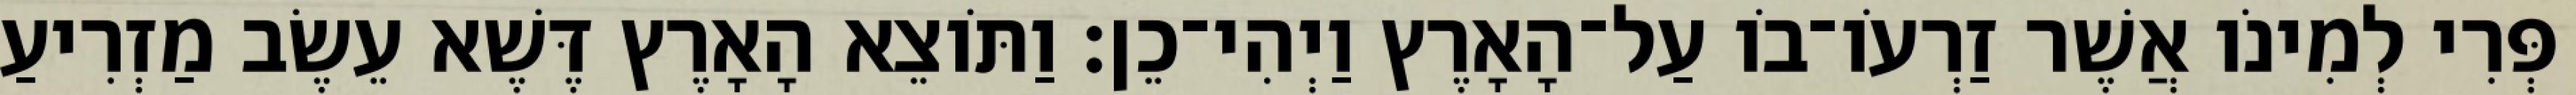
פְּרִי לְמִינֹו אֲשֶׁר זַרְעֹו־בֹו עַל־הָאָרֶץ וַיְהִי־כֵן׃ וַתֹּוצֵא הָאָרֶץ דֶּשֶׁא עֵשֶׂב מַזְרִיעַ